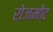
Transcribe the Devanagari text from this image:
रोजमोंट